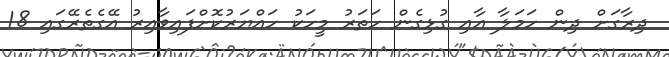
ދިރާގަށް ދިން ހަމަލާ އާއި ގުޅިގެން ހަތަރު މީހަކު ހައްޔަރުކޮށްފައިވާއިރު އޭގެތެރޭގައި 18